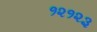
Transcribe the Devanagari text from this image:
१२१२३